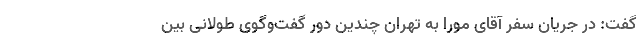
گفت: در جریان سفر آقای مورا به تهران چندین دور گفت‌وگوی طولانی بین